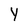
Character: Y